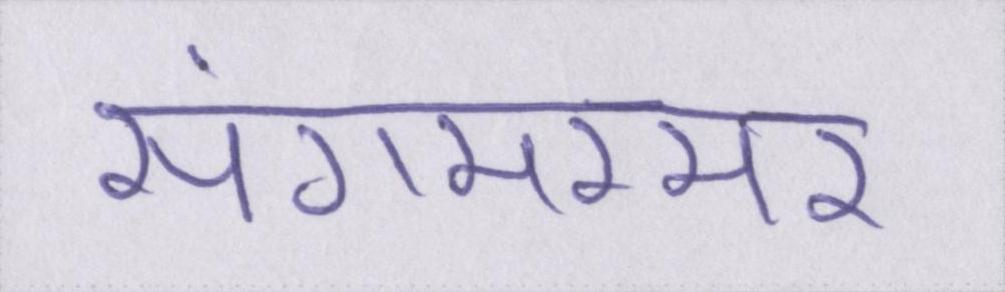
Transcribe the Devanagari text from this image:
संगमरमर